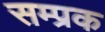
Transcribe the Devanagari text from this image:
सम्प्रक